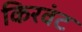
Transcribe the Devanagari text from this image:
किरवंट